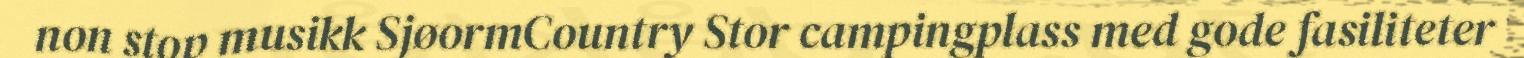
non stop musikk SjøormCountry Stor campingplass med gode fasiliteter